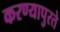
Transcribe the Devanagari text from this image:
करण्यापुरते